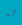
له